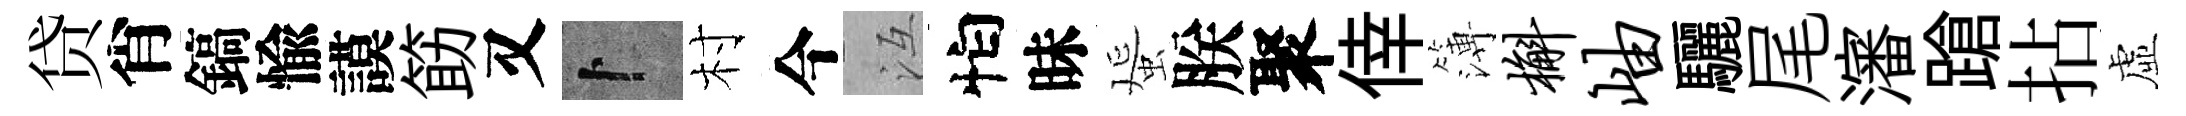
贷肖鎬愉謨筯又卜村今冱怕昧蜑朕聚倖簿槲岫驪尾瀋蹌拈虛